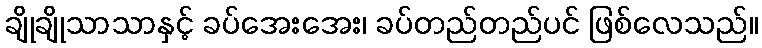
ချိုချိုသာသာနှင့် ခပ်အေးအေး၊ ခပ်တည်တည်ပင် ဖြစ်လေသည်။